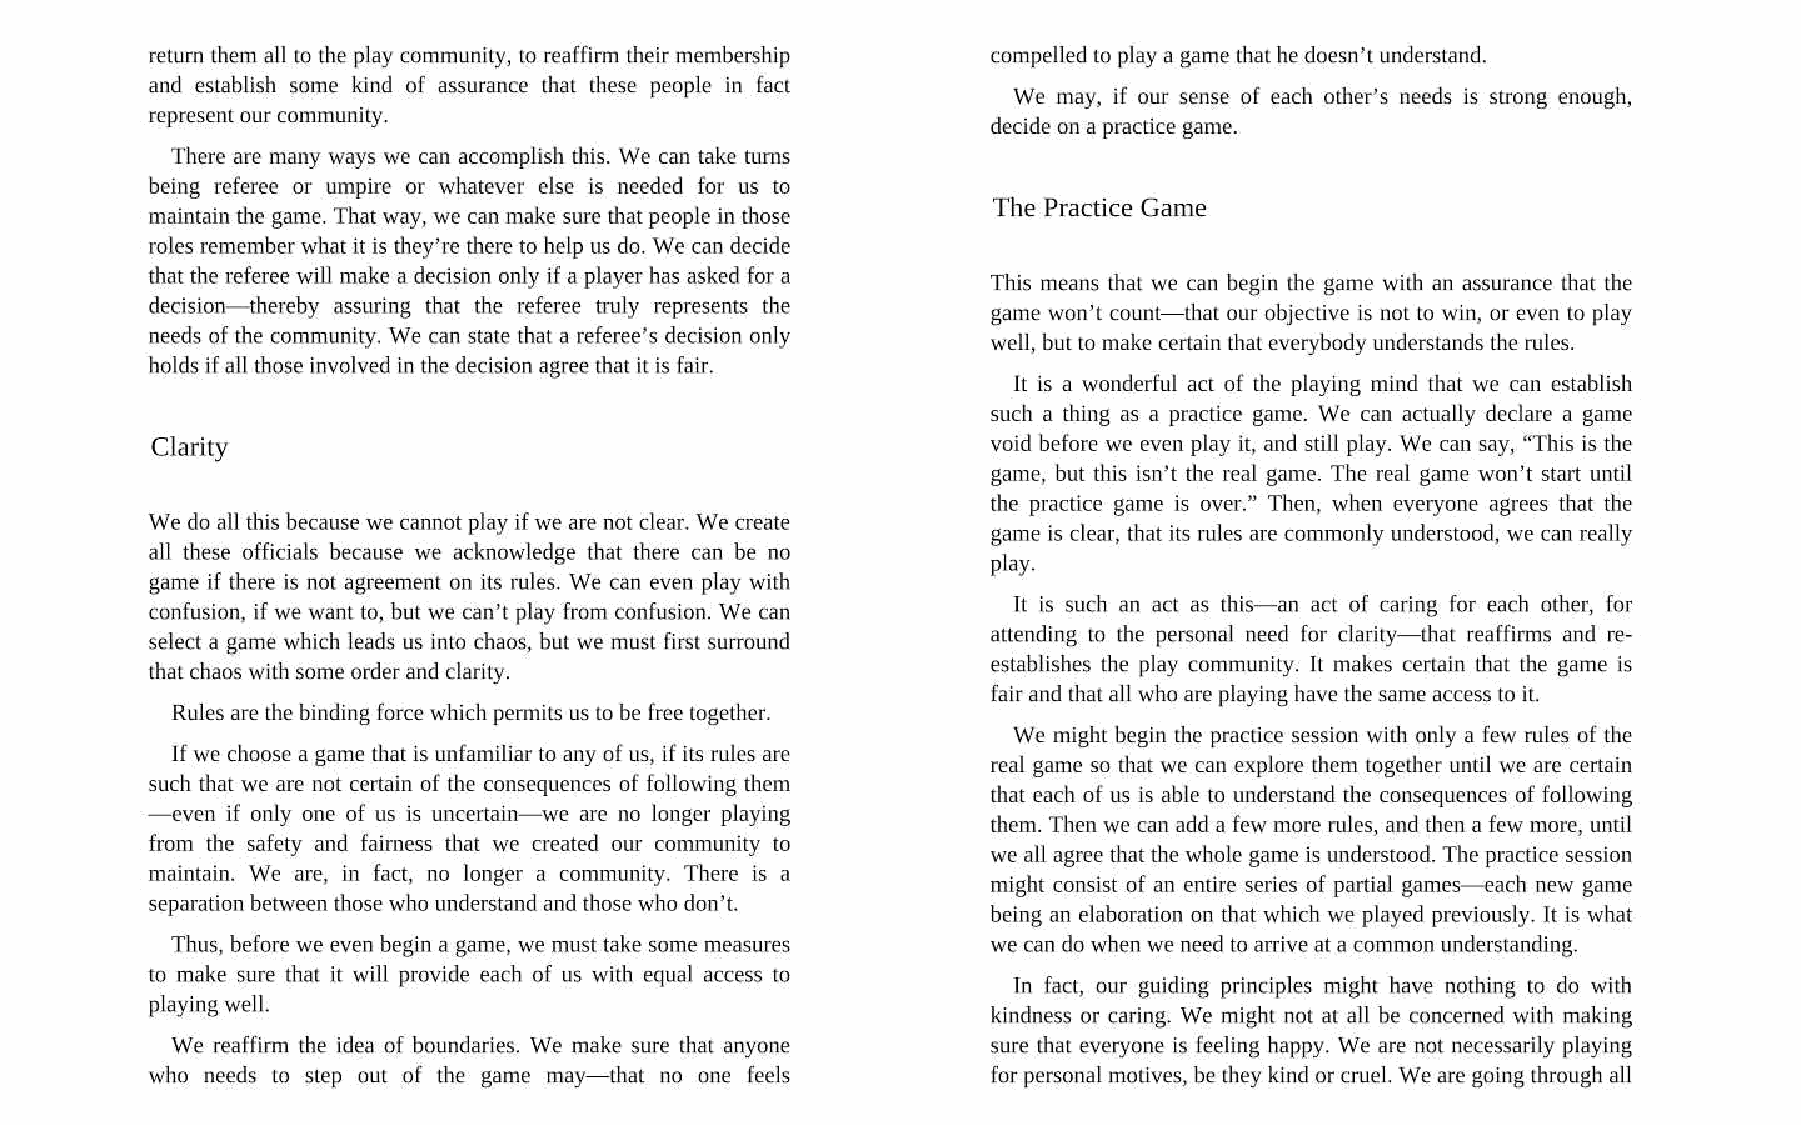
return them all to the play community, to reaffirm their membership compelled to play a game that he doesn’t understand.
 and establish some kind of assurance that these people in fact We may, if our sense of each other’s needs is strong enough,
 represent our community.
 decide on a practice game.
 There are many ways we can accomplish this. We can take turns
 being referee or umpire or whatever else is needed for us to
 The Practice Game
 maintain the game. That way, we can make sure that people in those
 roles remember what it is they’re there to help us do. We can decide
 that the referee will make a decision only if a player has asked for a
 This means that we can begin the game with an assurance that the
 decision—thereby assuring that the referee truly represents the
 game won’t count—that our objective is not to win, or even to play
 needs of the community. We can state that a referee’s decision only well, but to make certain that everybody understands the rules.
 holds if all those involved in the decision agree that it is fair.
 It is a wonderful act of the playing mind that we can establish
 such a thing as a practice game. We can actually declare a game
 void before we even play it, and still play. We can say, “This is the
 Clarity
 game, but this isn’t the real game. The real game won’t start until
 the practice game is over.” Then, when everyone agrees that the
 We do all this because we cannot play if we are not clear. We create
 game is clear, that its rules are commonly understood, we can really
 all these officials because we acknowledge that there can be no
 play.
 game if there is not agreement on its rules. We can even play with
 It is such an act as this—an act of caring for each other, for
 confusion, if we want to, but we can’t play from confusion. We can
 attending to the personal need for clarity—that reaffirms and re-
 select a game which leads us into chaos, but we must first surround
 establishes the play community. It makes certain that the game is
 that chaos with some order and clarity.
 fair and that all who are playing have the same access to it.
 Rules are the binding force which permits us to be free together.
 We might begin the practice session with only a few rules of the
 If we choose a game that is unfamiliar to any of us, if its rules are
 real game so that we can explore them together until we are certain
 such that we are not certain of the consequences of following them
 that each of us is able to understand the consequences of following
 —even if only one of us is uncertain—we are no longer playing
 them. Then we can add a few more rules, and then a few more, until
 from the safety and fairness that we created our community to
 we all agree that the whole game is understood. The practice session
 maintain. We are, in fact, no longer a community. There is a
 might consist of an entire series of partial games—each new game
 separation between those who understand and those who don’t.
 being an elaboration on that which we played previously. It is what
 Thus, before we even begin a game, we must take some measures we can do when we need to arrive at a common understanding.
 to make sure that it will provide each of us with equal access to
 In fact, our guiding principles might have nothing to do with
 playing well.
 kindness or caring. We might not at all be concerned with making
 We reaffirm the idea of boundaries. We make sure that anyone sure that everyone is feeling happy. We are not necessarily playing
 for personal motives, be they kind or cruel. We are going through all
 who needs to step out of the game may—that no one feels